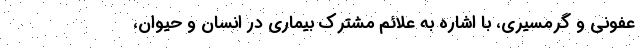
عفونی و گرمسیری، با اشاره به علائم مشترک بیماری در انسان و حیوان،